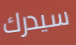
سيدرك